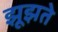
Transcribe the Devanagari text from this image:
झूझते